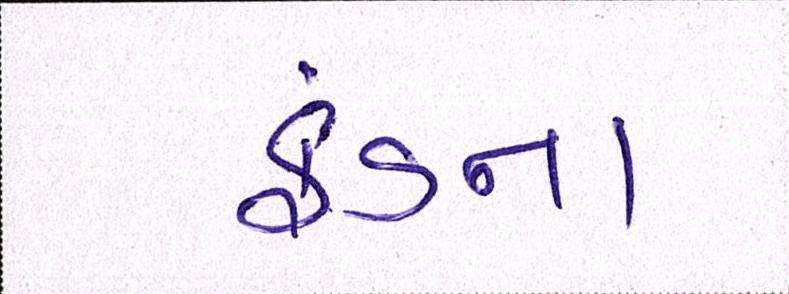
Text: ફંડના